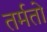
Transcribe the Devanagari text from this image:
तर्मतो